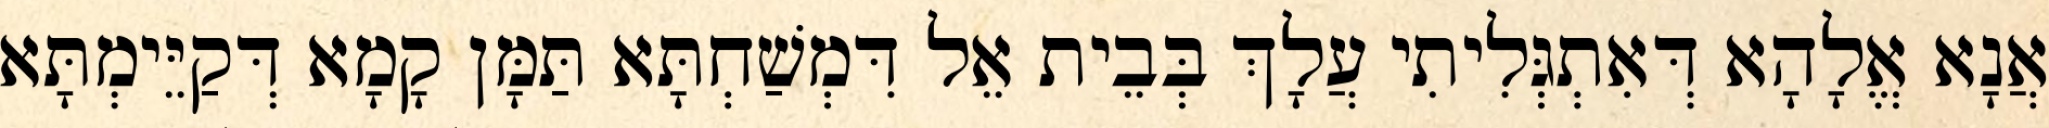
אֲנָא אֱלָהָא דְּאִתְגְּלִיתִי עֲלָךְ בְּבֵית אֵל דִּמְשַׁחְתָּא תַּמָּן קָמָא דְּקַיֵּימְתָּא